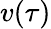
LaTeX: v(\tau)